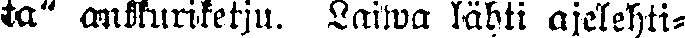
ta" ankkuriketju. Laiwa lähti ajelehti-